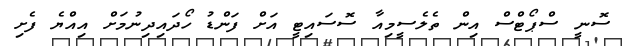
ސޮނީ ސްޕޯޓްސް އިން ތެލެސީމިއާ ސޮސައިޓީ އަށް ފަންޑު ހޯދައިދިނުމަށް އިއްޔެ ފެށި